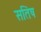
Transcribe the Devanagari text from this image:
सतिष